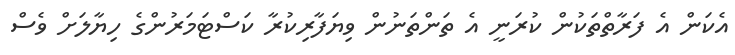
އެކަން އެ ފަރާތްތަކުން ކުރަނީ އެ ތަންތަނުން ވިޔަފާރިކުރާ ކަސްޓަމަރުންގެ ހިޔާލަށް ވެސް